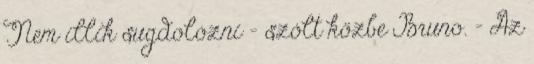
Nem illik sugdolózni – szólt közbe Bruno. – Az